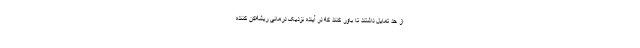
از حد تمایل داشتند تا باور کنند که در آینده نزدیک درمانی ریشه‌کن کننده